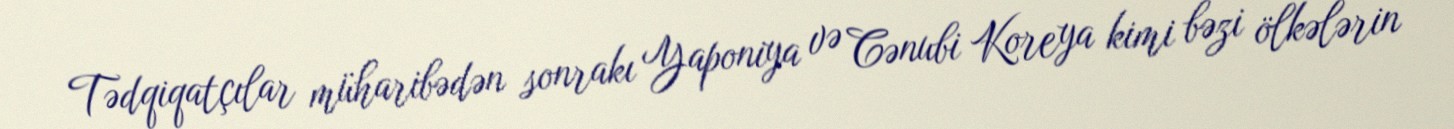
Tədqiqatçılar müharibədən sonrakı Yaponiya və Cənubi Koreya kimi bəzi ölkələrin